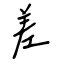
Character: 差